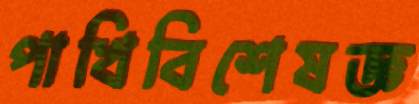
পাখিবিশেষজ্ঞ